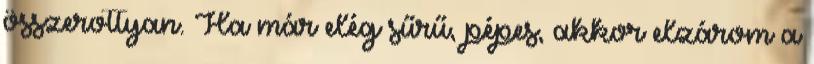
összerottyan. Ha már elég sűrű, pépes, akkor elzárom a